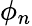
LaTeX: \phi_{n}